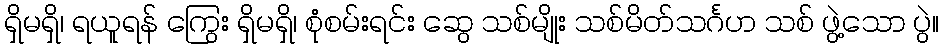
ရှိမရှိ၊ ရယူရန် ကြွေး ရှိမရှိ၊ စုံစမ်းရင်း ဆွေ သစ်မျိုး သစ်မိတ်သင်္ဂဟ သစ် ဖွဲ့သော ပွဲ။